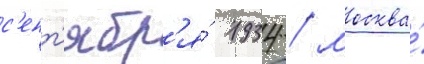
с'ент'ябр'я́ 1934 / москва́